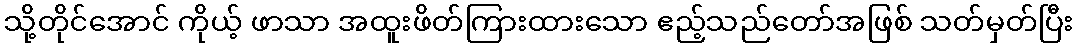
သို့တိုင်အောင် ကိုယ့် ဖာသာ အထူးဖိတ်ကြားထားသော ဧည့်သည်တော်အဖြစ် သတ်မှတ်ပြီး